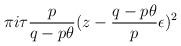
LaTeX: \begin{align*}\pi i\tau \frac{p}{q-p\theta}(z-\frac{q-p\theta}{p}\epsilon)^2\end{align*}